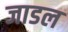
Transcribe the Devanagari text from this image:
जाडल